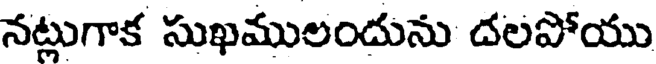
నట్లుగాక సుఖములందును దలపోయు